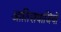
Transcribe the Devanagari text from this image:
आतिशबाजियों